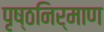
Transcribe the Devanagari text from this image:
पृष्ठनिर्माण